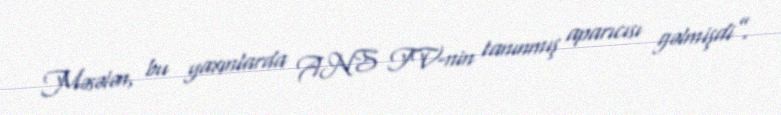
Məsələn, bu yaxınlarda ANS TV-nin tanınmış aparıcısı gəlmişdi”.